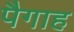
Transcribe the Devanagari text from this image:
पैगाह